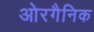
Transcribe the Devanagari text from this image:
ओरगैनिक